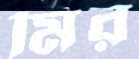
মির